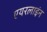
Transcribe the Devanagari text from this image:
एयरलाइंन